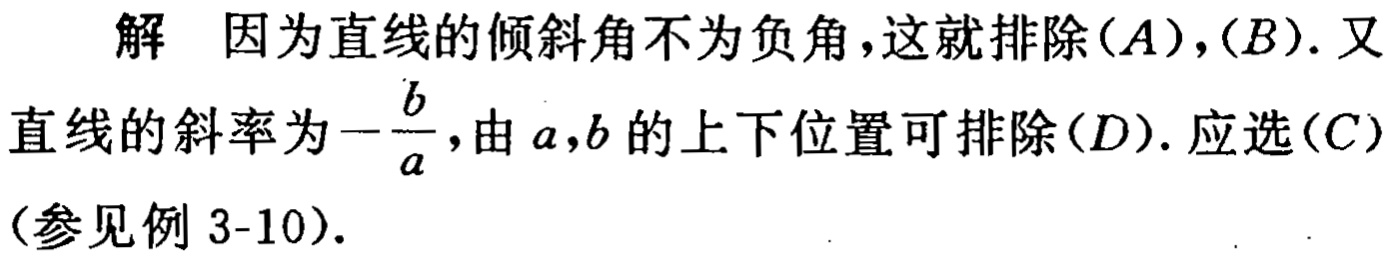
解 因为直线的倾斜角不为负角，这就排除$(A),(B)$. 又直线的斜率为$-\frac{b}{a}$，由$a,b$的上下位置可排除$(D)$. 应选$(C)$（参见例 3-10）.